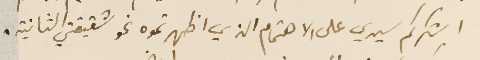
اشكركم سيدي على الاهتمام الذي اظهرتموه نحو شقيقتي الثانية.